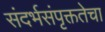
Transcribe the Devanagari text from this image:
संदर्भसंपृक्ततेचा